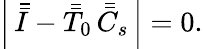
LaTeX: \left|\, \bar{\bar{I}}-\bar{\bar{T}}_{0}\, \bar{\bar{C}}_{s}\, \right|=0.